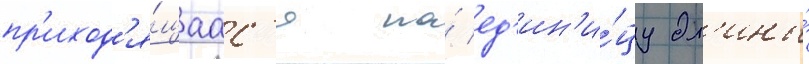
пр'иход'я́щаас'я на́ ед'ин'и́цу дл'ины́